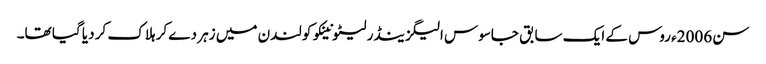
سن 2006ء روس کے ایک سابق جاسوس الیگزینڈر لیٹونینکو کو لندن میں زہر دے کر ہلاک کر دیا گیا تھا۔